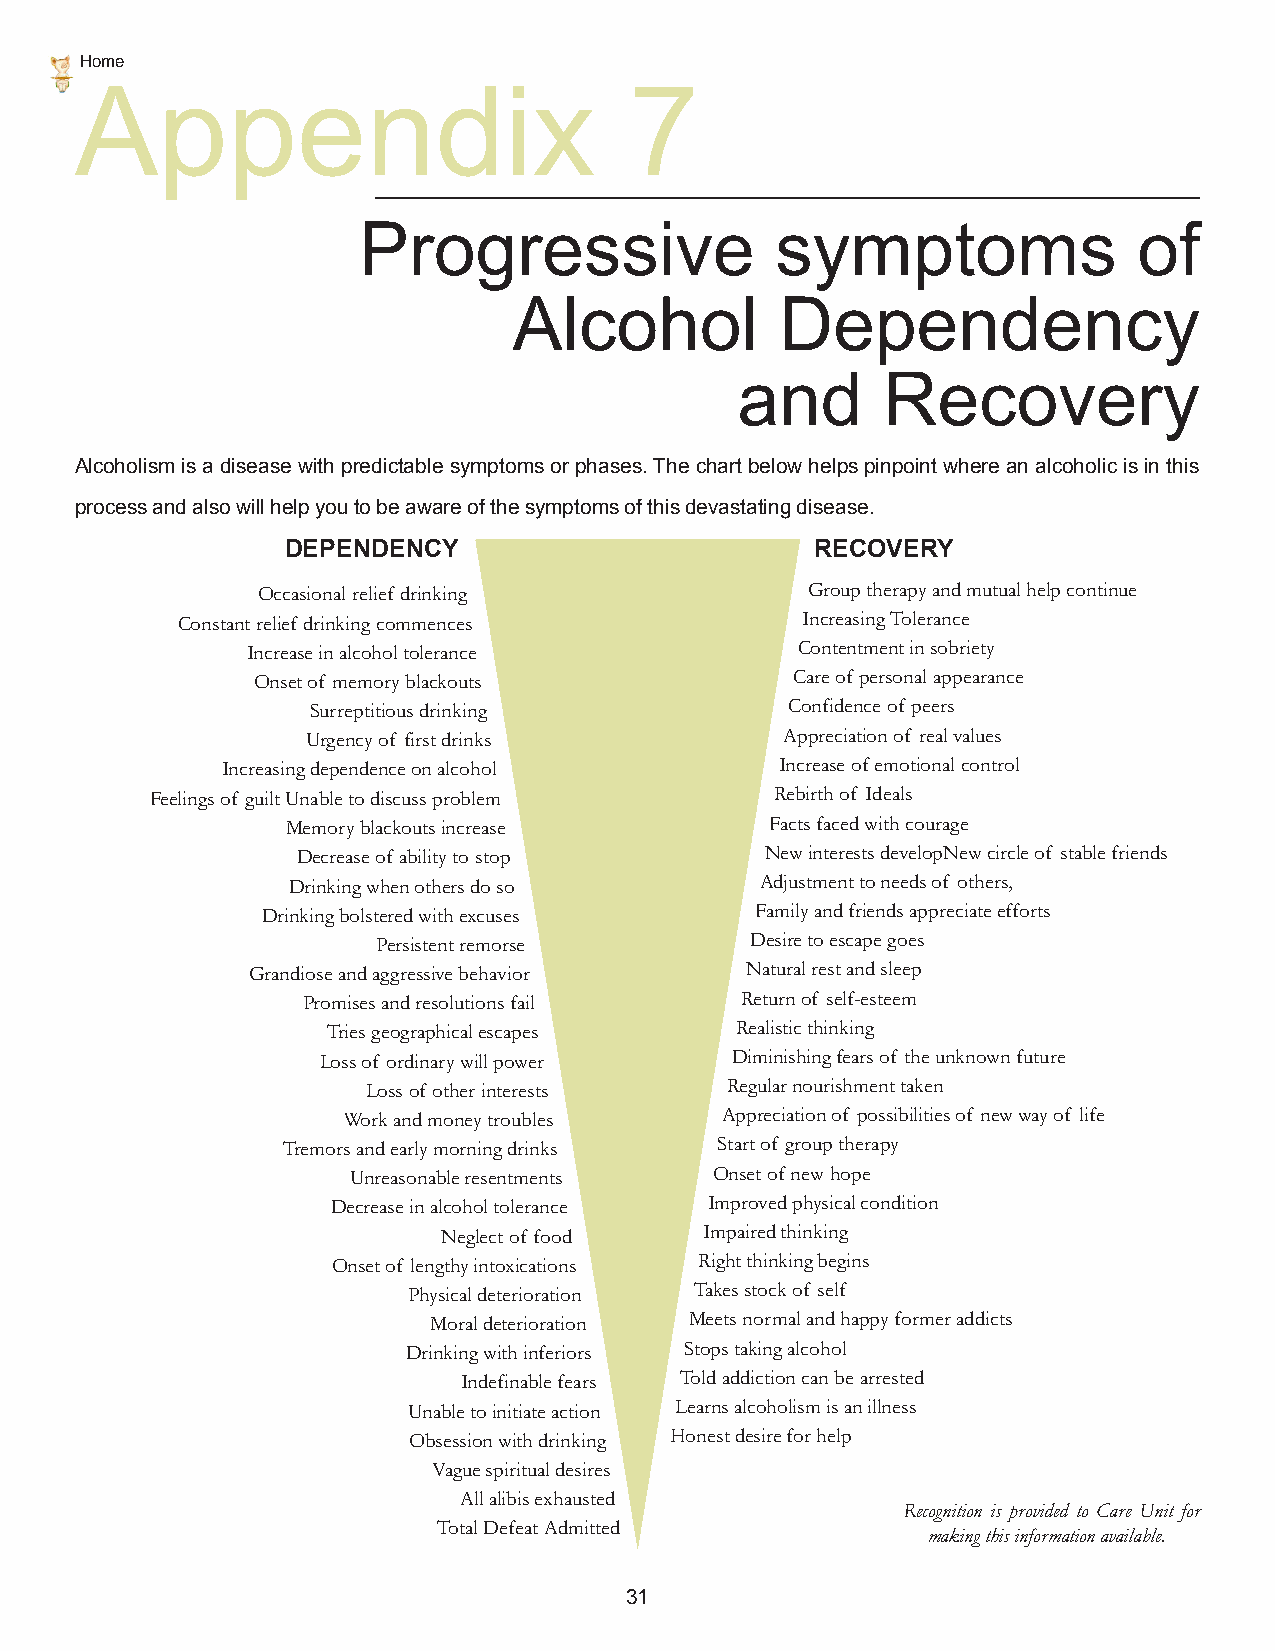
Home
 Appendix                             7
 Progressive                symptoms                of
 Alcohol           Dependency
 and      Recovery
 Alcoholism is a disease with predictable symptoms or phases. The chart below helps pinpoint where an alcoholic is in this
 process and also will help you to be aware of the symptoms of this devastating disease.
 DEPENDENCY                         RECOVERY
 Occasional relief drinking          Group therapy and mutual help continue
 Constant relief drinking commences       Increasing Tolerance
 Increase in alcohol tolerance        Contentment in sobriety
 Onset of memory blackouts           Care of personal appearance
 Surreptitious drinking         Confidence of peers
 Urgency of first drinks         Appreciation of real values
 Increasing dependence on alcohol     Increase of emotional control
 Feelings of guilt Unable to discuss problem Rebirth of Ideals
 Memory blackouts increase       Facts faced with courage
 Decrease of ability to stop    New interests developNew circle of stable friends
 Drinking when others do so     Adjustment to needs of others,
 Drinking bolstered with excuses  Family and friends appreciate efforts
 Persistent remorse       Desire to escape goes
 Grandiose and aggressive behavior Natural rest and sleep
 Promises and resolutions fail Return of self-esteem
 Tries geographical escapes Realistic thinking
 Loss of ordinary will power Diminishing fears of the unknown future
 Loss of other interests Regular nourishment taken
 Work and money troubles  Appreciation of possibilities of new way of life
 Tremors and early morning drinks Start of group therapy
 Unreasonable resentments Onset of new hope
 Decrease in alcohol tolerance Improved physical condition
 Neglect of food   Impaired thinking
 Onset of lengthy intoxications Right thinking begins
 Physical deterioration Takes stock of self
 Moral deterioration Meets normal and happy former addicts
 Drinking with inferiors Stops taking alcohol
 Indefinable fears Told addiction can be arrested
 Unable to initiate action Learns alcoholism is an illness
 Obsession with drinking Honest desire for help
 Vague spiritual desires
 All alibis exhausted
 Recognition is provided to Care Unit for
 Total Defeat Admitted
 making this information available.
 31